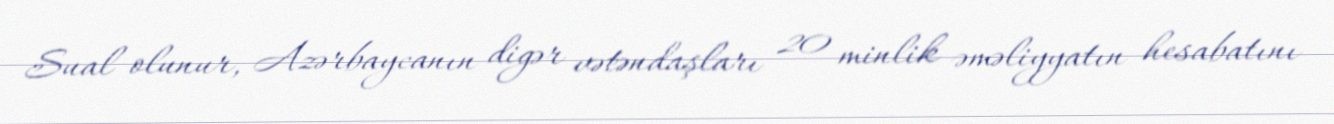
Sual olunur, Azərbaycanın digər vətəndaşları 20 minlik əməliyyatın hesabatını